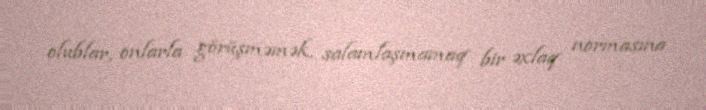
olublar, onlarla görüşməmək, salamlaşmamaq bir əxlaq normasına